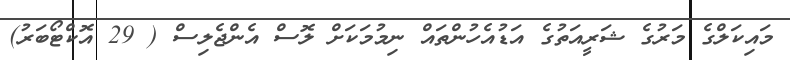
މައިކަލްގެ މަރުގެ ޝަރީއަތުގެ އަޑުއެހުންތައް ނިމުމަކަށް ލޮސް އެންޖެލިސް ( 29 އޮކްޓޯބަރު)